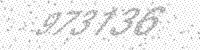
Solution: 973736